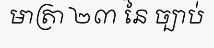
មាត្រា ២៣ នៃ ច្បាប់